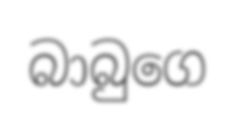
බාබුගෙ